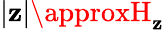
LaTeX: |\mathbf{z}|\approxH_{\mathbf{z}}